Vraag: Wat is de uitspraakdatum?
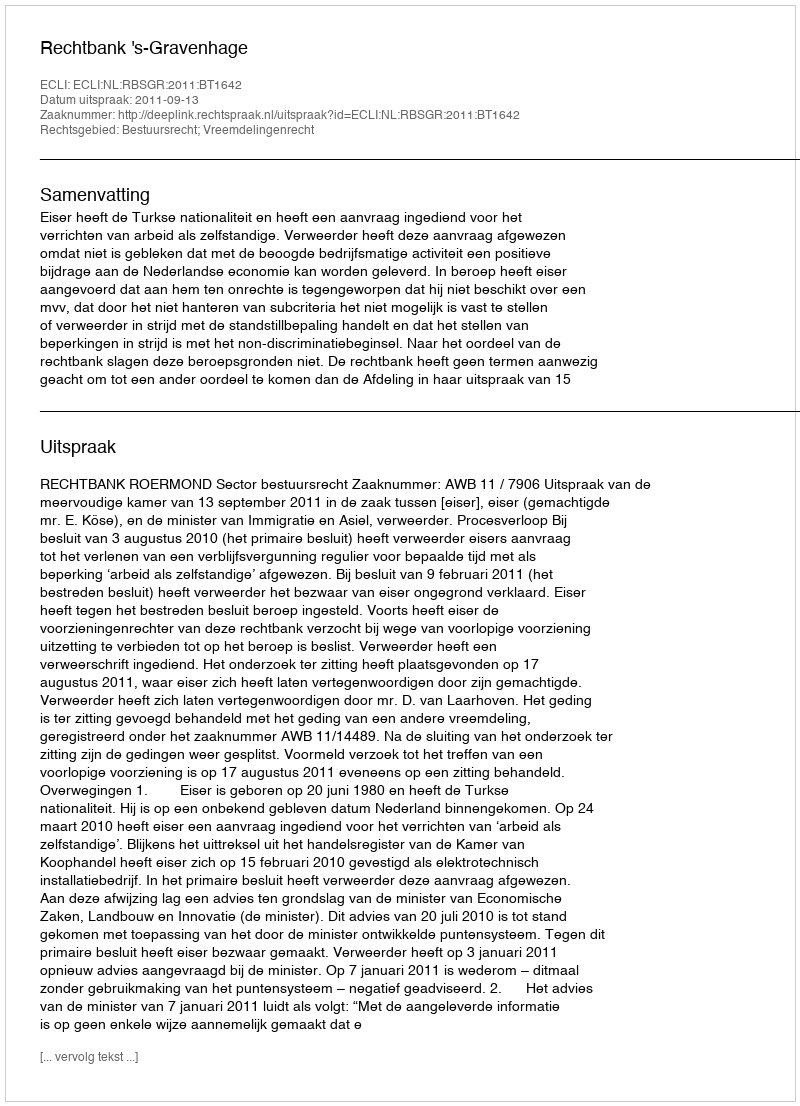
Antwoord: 2011-09-13